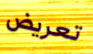
تعريض